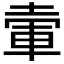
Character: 𡍦